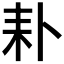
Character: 𦓦